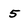
Character: 5